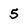
Character: 5